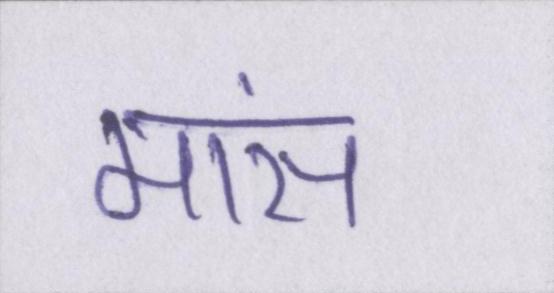
मांस